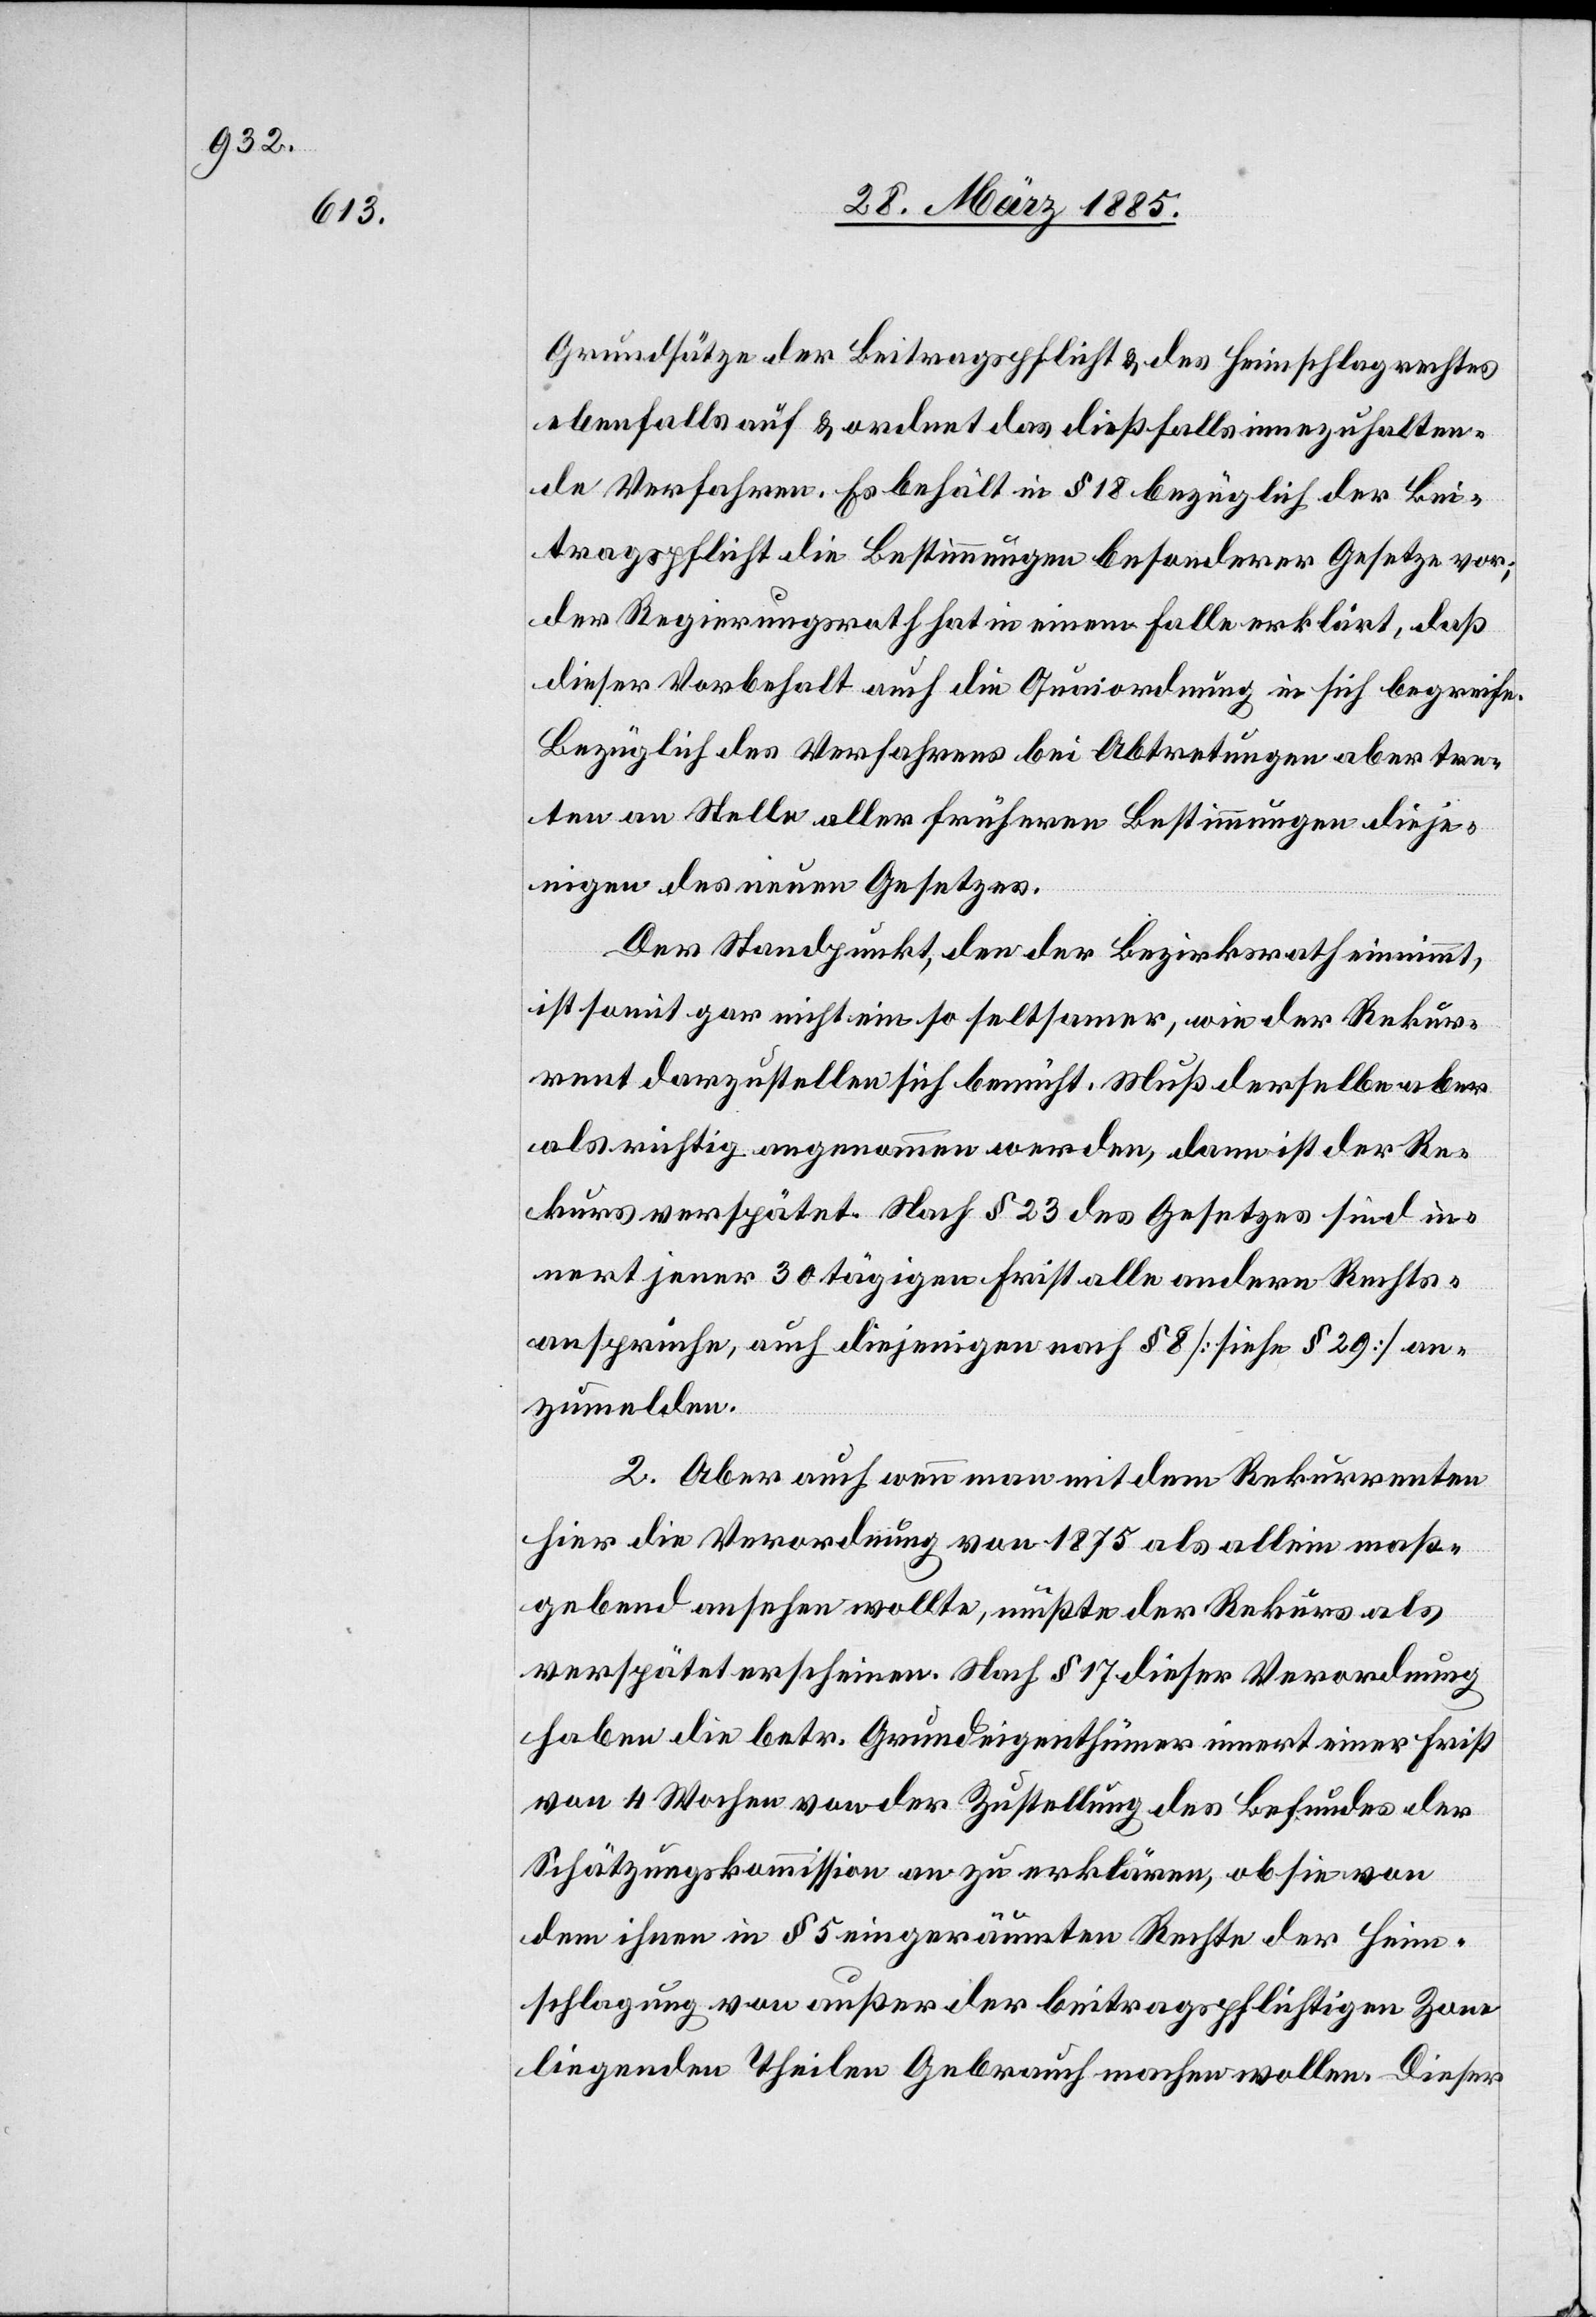
Grundsätze der Beitragspflicht & des Heimschlagrechtes
ebenfalls auf & ordnet das dießfalls innezuhalten¬
de Verfahren. Es behält in § 18 bezüglich der Bei¬
tragspflicht die Bestimmungen besonderer Gesetze vor;
der Regierungsrath hat in einem Falle erklärt, daß
dieser Vorbehalt auch die Quaiordnung in sich begreife.
Bezüglich des Verfahrens bei Abtretungen aber tre¬
ten an Stelle aller früheren Bestimmungen dieje¬
nigen des neuen Gesetzes.
Der Standpunkt, den der Bezirksrath einnimmt,
ist somit gar nicht ein so seltsamer, wie der Rekur¬
rent dazustellen sich bemüht. Muß derselbe aber
als richtig angenommen werden, dann ist der Re¬
kurs verspätet. Nach § 23 des Gesetzes sind in¬
nert jener 30tägigen Frist alle andern Rechts¬
ansprüche, auch diejenigen nach § 8 [siehe § 29] an¬
zumelden.
2. Aber auch wenn man mit dem Rekurrenten
hier die Verordnung von 1875 als allein maß¬
gebend ansehen wollte, müßte der Rekurs als
verspätet erscheinen. Nach § 17 dieser Verordnung
haben die betr. Grundeigenthümer innert einer Frist
von 4 Wochen von der Zustellung des Befundes der
Schätzungskommission an zu erklären, ob sie von
dem ihnen in § 5 eingeräumten Rechte der Heim¬
schlagung von außer der beitragspflichtigen Zone
liegenden Theilen Gebrauch machen wollen. Dieser